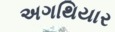
અગથિયાર